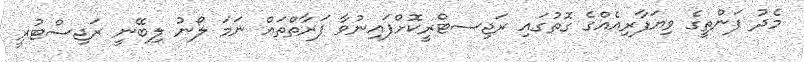
މެދު ފަންތީގެ ވިޔަފާރިއެއްގެ ގޮތުގައި ރަޖިސޓްރީކޮށްފައިނުވާ ފަރާތްތައް ނަމަ ލޯނު ލިބޭނީ ރަޖިސްޓުރީ